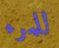
للمرء